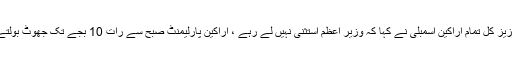
دانیال عزیز کل تمام اراکین اسمبلی نے کہا کہ وزیر اعظم استثنی نہیں لے رہے ، اراکین پارلیمنٹ صبح سے رات 10 بجے تک جھوٹ بولتے رہے ۔